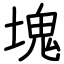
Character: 塊